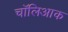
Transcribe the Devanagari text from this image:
चॉलिआक